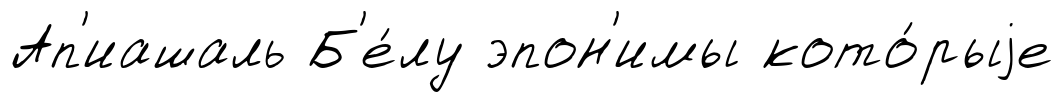
Ап'иашаль Б'е́лу эпон'имы кото́рыjе